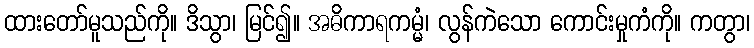
ထားတော်မူသည်ကို။ ဒိသွာ၊ မြင်၍။ အဓိကာရကမ္မံ၊ လွန်ကဲသော ကောင်းမှုကံကို။ ကတွာ၊